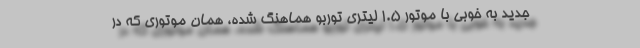
جدید به خوبی با موتور 1.5 لیتری توربو هماهنگ شده، همان موتوری که در